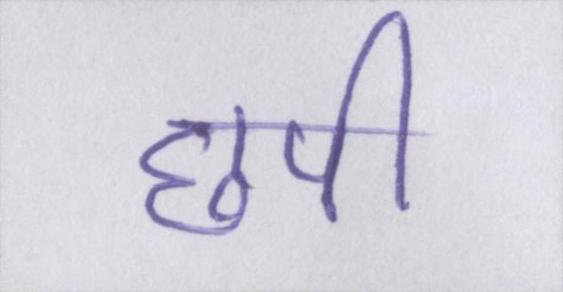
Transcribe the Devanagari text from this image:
छपी